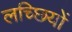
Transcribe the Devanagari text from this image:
लच्छियों